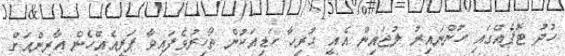
ހުދު ޓޮޕެއްގައި ހުންނައިރު ލުޖައިން އެއީ ހުރިހާ ހަޑިއަކުން ތޯހިރުވެފައިވާ ޕަރީއެއްހެން އާރިންއަށް